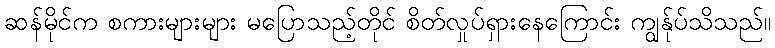
ဆန်မိုင်က စကားများများ မပြောသည့်တိုင် စိတ်လှုပ်ရှားနေကြောင်း ကျွန်ုပ်သိသည်။